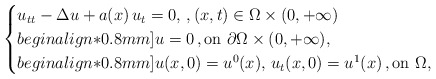
\begin{align*}\begin{cases}u_{tt} - \Delta u + a(x) \, u_t = 0, \,, (x,t) \in \Omega \times(0, + \infty) \\begin{align*}0.8mm]u = 0 \,, \mbox{on } \partial \Omega \times (0,+ \infty),\\begin{align*}0.8mm]u(x,0) = u^0(x), \, u_t(x,0) = u^1(x) \,, \mbox{on } \Omega,\end{cases}\end{align*}